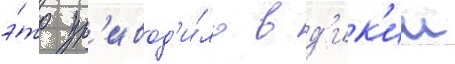
э́то пр'ивод'и́ло в д'ик'ии